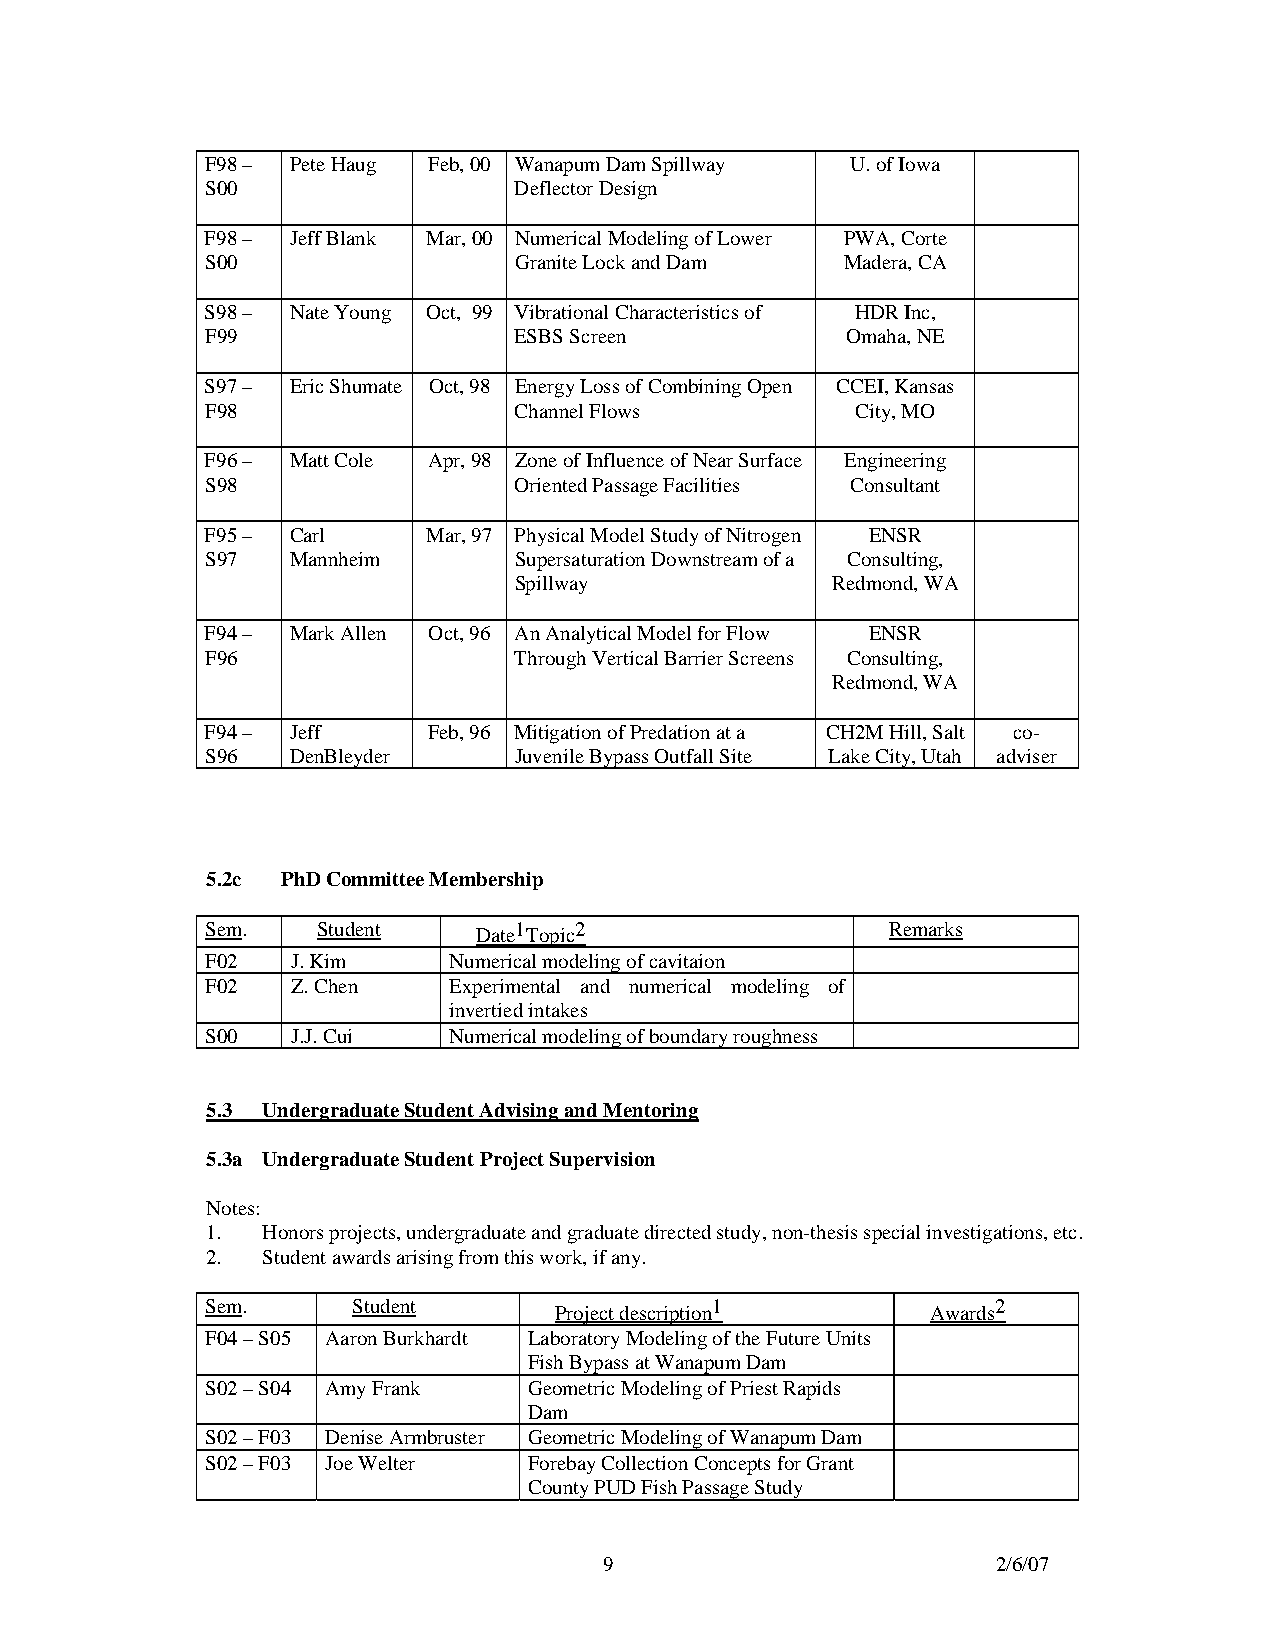
F98 – Pete Haug Feb, 00 Wanapum Dam Spillway U. of Iowa
 S00                 Deflector Design
 F98 – Jeff Blank Mar, 00 Numerical Modeling of Lower PWA, Corte
 S00                 Granite Lock and Dam  Madera, CA
 S98 – Nate Young Oct, 99 Vibrational Characteristics of HDR Inc,
 F99                 ESBS Screen           Omaha, NE
 S97 – Eric Shumate Oct, 98 Energy Loss of Combining Open CCEI, Kansas
 F98                 Channel Flows          City, MO
 F96 – Matt Cole Apr, 98 Zone of Influence of Near Surface Engineering
 S98                 Oriented Passage Facilities Consultant
 F95 – Carl    Mar, 97 Physical Model Study of Nitrogen ENSR
 S97  Mannheim       Supersaturation Downstream of a Consulting,
 Spillway             Redmond, WA
 F94 – Mark Allen Oct, 96 An Analytical Model for Flow ENSR
 F96                 Through Vertical Barrier Screens Consulting,
 Redmond, WA
 F94 – Jeff    Feb, 96 Mitigation of Predation at a CH2M Hill, Salt co-
 S96  DenBleyder     Juvenile Bypass Outfall Site Lake City, Utah adviser
 5.2c PhD Committee Membership
 Sem.   Student    Date1Topic2                Remarks
 F02  J. Kim     Numerical modeling of cavitaion
 F02  Z. Chen    Experimental and numerical modeling of
 invertied intakes
 S00  J.J. Cui   Numerical modeling of boundary roughness
 5.3 Undergraduate Student Advising and Mentoring
 5.3a Undergraduate Student Project Supervision
 Notes:
 1. Honors projects, undergraduate and graduate directed study, non-thesis special investigations, etc.
 2. Student awards arising from this work, if any.
 Sem.     Student       Project description1     Awards2
 F04 – S05 Aaron Burkhardt Laboratory Modeling of the Future Units
 Fish Bypass at Wanapum Dam
 S02 – S04 Amy Frank  Geometric Modeling of Priest Rapids
 Dam
 S02 – F03 Denise Armbruster Geometric Modeling of Wanapum Dam
 S02 – F03 Joe Welter Forebay Collection Concepts for Grant
 County PUD Fish Passage Study
 9                         2/6/07